Lunatic asylums Punjab 1895-1910 - 1895-1910
Year: 1895
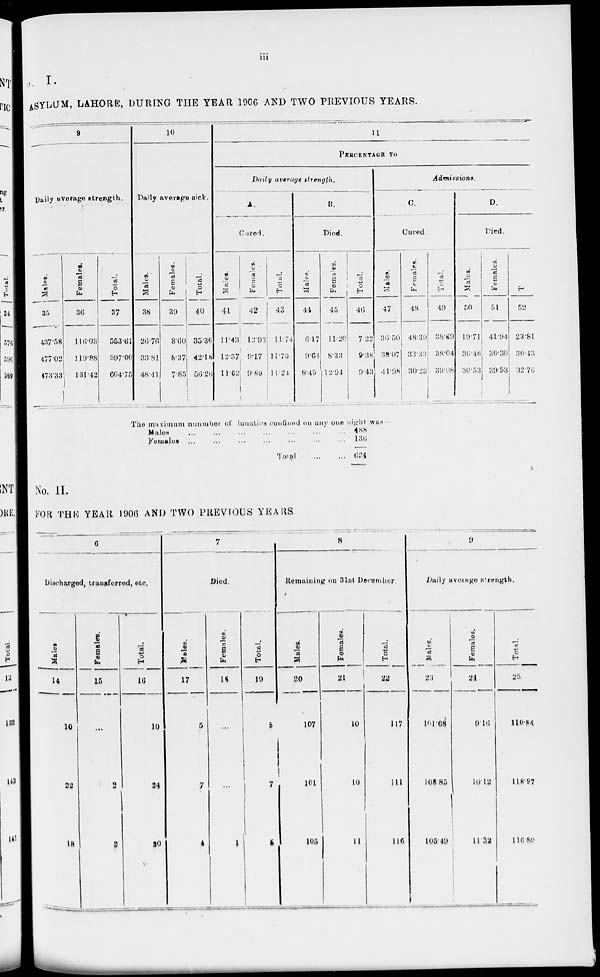
iii
o. I.
ASYLUM, LAHORE, DURING THE YEAR 1906 AND TWO PREVIOUS YEARS.
9
Daily average strength.
Males.
35
437.58
477.02
473.33
Females.
36
116.03
119.98
131.42
Total.
37
563.61
597.00
604.75
10
Daily average sick.
Males.
38
26.76
33.81
48.4l
Females.
39
8.60
8.37
7.85
Total.
40
35.36
42.18
56.26
11
PERCENTAGE TO
Daily average strength.
A.
Cured.
Males.
41
11.43
12.37
11.62
Females.
42
12.93
9.17
9.89
Total.
43
11.74
11.73
11.24
B.
Died.
Males.
44
6.17
9.64
8.45
Females.
45
11.20
8.33
12.94
Total.
46
7.22
9.38
9.43
Admissions.
C.
Cured.
Males.
47
36.50
39.07
41.98
Females.
48
48.39
33.33
30.23
Total.
49
38.69
38.04
39.08
D.
Died.
Males.
50
19.71
30.46
30.53
Females.
51
41.94
30.30
39.53
Total.
52
23.81
30.43
32.76
The maximum number of lunatics confined on any one night was-
Males
...
...
...
...
...
...
...
Females ... ... ... ... ... ... ...
Total ... ...
488
136
624
No. II.
FOR THIS YEAR 1906 AND TWO PREVIOUS YEARS.
6
Discharged, transferred, etc.
Males.
14
10
22
18
Females.
15
...
2
2
Total.
16
10
24
20
7
Died.
Males.
17
5
7
4
Females.
18
...
...
1
Total.
19
5
7
5
8
Remaining on 3lst December.
Males.
20
107
101
105
Females.
21
10
10
11
Total.
22
117
111
116
9
Daily average strength.
Males.
23
101.68
108.85
105.49
Females.
24
9.16
10.12
11.32
Total.
25
110.84
118.97
116.80